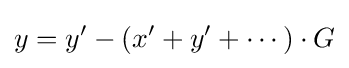
y=y'-(x'+y'+\cdots )\cdot G